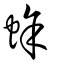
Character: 蜍